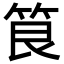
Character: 𮅐